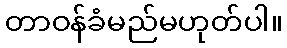
တာဝန်ခံမည်မဟုတ်ပါ။